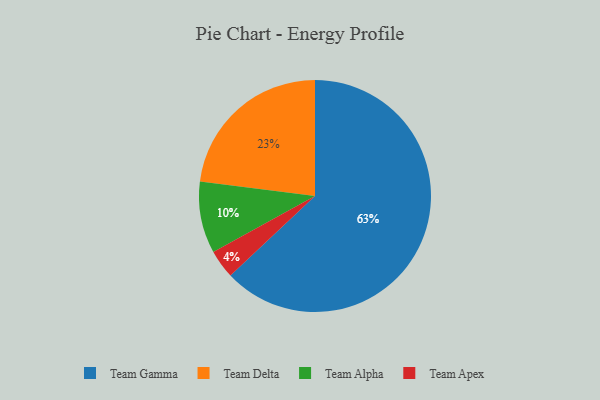
{"axis": {"x": "Category", "y": "Percentage"}, "legend": ["Team Alpha", "Team Apex", "Team Delta", "Team Gamma"], "data": [{"x": "Team Alpha", "y": 10, "type": "Team Alpha"}, {"x": "Team Delta", "y": 23, "type": "Team Delta"}, {"x": "Team Apex", "y": 4, "type": "Team Apex"}, {"x": "Team Gamma", "y": 63, "type": "Team Gamma"}]}